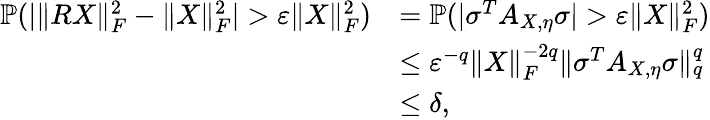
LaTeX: \begin{array}{rl}{\mathbb{P}(|\| RX\| _{F}^{2}-\| X\| _{F}^{2}|>\varepsilon\| X\| _{F}^{2})}&{=\mathbb{P}(|\sigma^{T}A_{X,\eta}\sigma|>\varepsilon\| X\| _{F}^{2})}\\ &{\leq\varepsilon^{-q}\| X\| _{F}^{-2q}\| \sigma^{T}A_{X,\eta}\sigma\| _{q}^{q}}\\ &{\leq\delta,}\end{array}